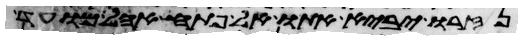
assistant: נזרו יביא אתו אל פתח אהל מועד